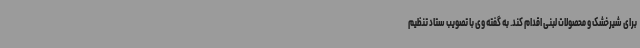
برای شیرخشک و محصولات لبنی اقدام کند. به گفته وی با تصویب ستاد تنظیم